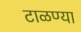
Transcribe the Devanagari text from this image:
टाळण्या